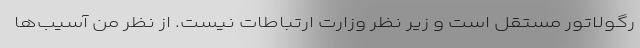
رگولاتور مستقل است و زیر نظر وزارت ارتباطات نیست. از نظر من آسیب‌ها